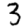
Digit: 3